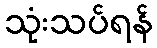
သုံးသပ်ရန်